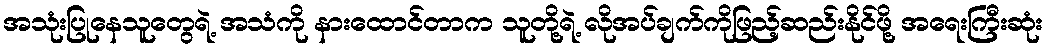
အသုံးပြုနေသူတွေရဲ့ အသံကို နားထောင်တာက သူတို့ရဲ့ လိုအပ်ချက်ကိုဖြည့်ဆည်းနိုင်ဖို့ အရေးကြီးဆုံး